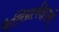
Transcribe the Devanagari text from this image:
कैलिग्राफीझाली